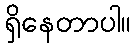
ရှိနေတာပါ။